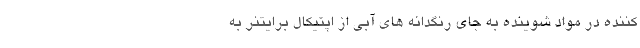
کننده در مواد شوینده به جای رنگدانه های آبی از اپتیکال برایتنر به